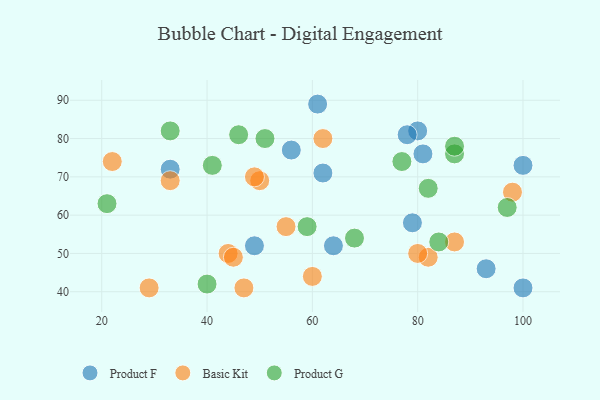
{"axis": {"x": "GDP", "y": "Life Expectancy"}, "legend": ["Basic Kit", "Product F", "Product G"], "data": [{"x": "61", "y": 89, "type": "Product F"}, {"x": "100", "y": 73, "type": "Product F"}, {"x": "56", "y": 77, "type": "Product F"}, {"x": "33", "y": 72, "type": "Product F"}, {"x": "81", "y": 76, "type": "Product F"}, {"x": "79", "y": 58, "type": "Product F"}, {"x": "93", "y": 46, "type": "Product F"}, {"x": "64", "y": 52, "type": "Product F"}, {"x": "80", "y": 82, "type": "Product F"}, {"x": "100", "y": 41, "type": "Product F"}, {"x": "49", "y": 52, "type": "Product F"}, {"x": "62", "y": 71, "type": "Product F"}, {"x": "78", "y": 81, "type": "Product F"}, {"x": "98", "y": 66, "type": "Basic Kit"}, {"x": "82", "y": 49, "type": "Basic Kit"}, {"x": "33", "y": 69, "type": "Basic Kit"}, {"x": "44", "y": 50, "type": "Basic Kit"}, {"x": "80", "y": 50, "type": "Basic Kit"}, {"x": "47", "y": 41, "type": "Basic Kit"}, {"x": "22", "y": 74, "type": "Basic Kit"}, {"x": "29", "y": 41, "type": "Basic Kit"}, {"x": "45", "y": 49, "type": "Basic Kit"}, {"x": "50", "y": 69, "type": "Basic Kit"}, {"x": "60", "y": 44, "type": "Basic Kit"}, {"x": "62", "y": 80, "type": "Basic Kit"}, {"x": "87", "y": 53, "type": "Basic Kit"}, {"x": "55", "y": 57, "type": "Basic Kit"}, {"x": "49", "y": 70, "type": "Basic Kit"}, {"x": "87", "y": 76, "type": "Product G"}, {"x": "97", "y": 62, "type": "Product G"}, {"x": "51", "y": 80, "type": "Product G"}, {"x": "87", "y": 78, "type": "Product G"}, {"x": "68", "y": 54, "type": "Product G"}, {"x": "21", "y": 63, "type": "Product G"}, {"x": "40", "y": 42, "type": "Product G"}, {"x": "82", "y": 67, "type": "Product G"}, {"x": "33", "y": 82, "type": "Product G"}, {"x": "84", "y": 53, "type": "Product G"}, {"x": "59", "y": 57, "type": "Product G"}, {"x": "46", "y": 81, "type": "Product G"}, {"x": "77", "y": 74, "type": "Product G"}, {"x": "41", "y": 73, "type": "Product G"}]}